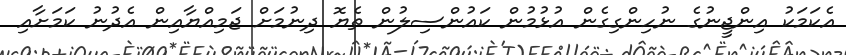
އެކަމަކު އިންޖީނުގެ ނުހިންގިގެން އުޅުމުން ކައުންސިލުން ތެޔޮ ދިނުމަށް ޖަމިއްޔާއިން އެދުނު ކަމަށާއި